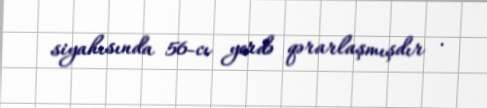
siyahısında 56-cı yerdə qərarlaşmışdır .